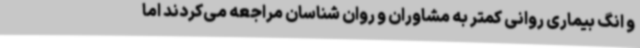
و انگ بیماری روانی کمتر به مشاوران و روان شناسان مراجعه می‌کردند اما